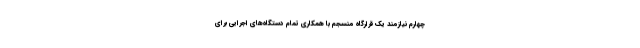
چهارم نیازمند یک قرارگاه منسجم با همکاری تمام دستگاه‌های اجرایی برای